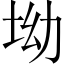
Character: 坳